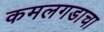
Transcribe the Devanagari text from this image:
कमलगडाचा